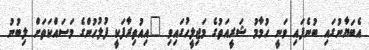
އެބަޔާނުގައި ބުނެފައި ވަނީ ހުމާމު ޝަރީއަތުގެ މަޖިލީހުގައިވި "އިއުތިރާފަކީ ފުލުހުންގެ މަސައްކަތަށް ލިބުނު